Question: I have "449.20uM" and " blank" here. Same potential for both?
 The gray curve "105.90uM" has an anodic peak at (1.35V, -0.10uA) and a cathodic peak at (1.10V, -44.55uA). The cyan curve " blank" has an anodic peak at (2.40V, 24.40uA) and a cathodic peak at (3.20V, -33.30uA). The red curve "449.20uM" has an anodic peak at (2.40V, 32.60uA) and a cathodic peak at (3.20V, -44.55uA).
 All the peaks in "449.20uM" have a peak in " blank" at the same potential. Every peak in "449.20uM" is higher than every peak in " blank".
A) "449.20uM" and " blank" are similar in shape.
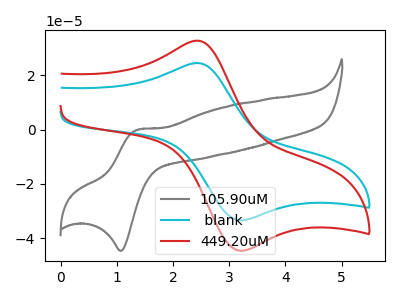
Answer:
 <answer>A) "449.20uM" and " blank" are similar in shape.</answer>
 <eval>A</eval>